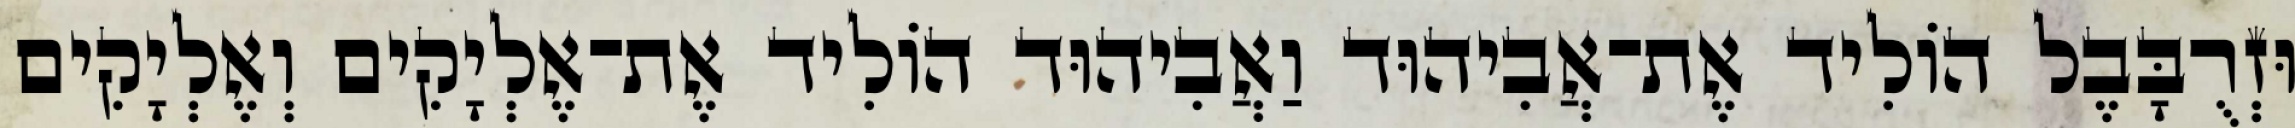
וּזְרֻבָּבֶל הוֹלִיד אֶת־אֲבִיהוּד וַאֲבִיהוּד הוֹלִיד אֶת־אֶלְיָקִים וְאֶלְיָקִים